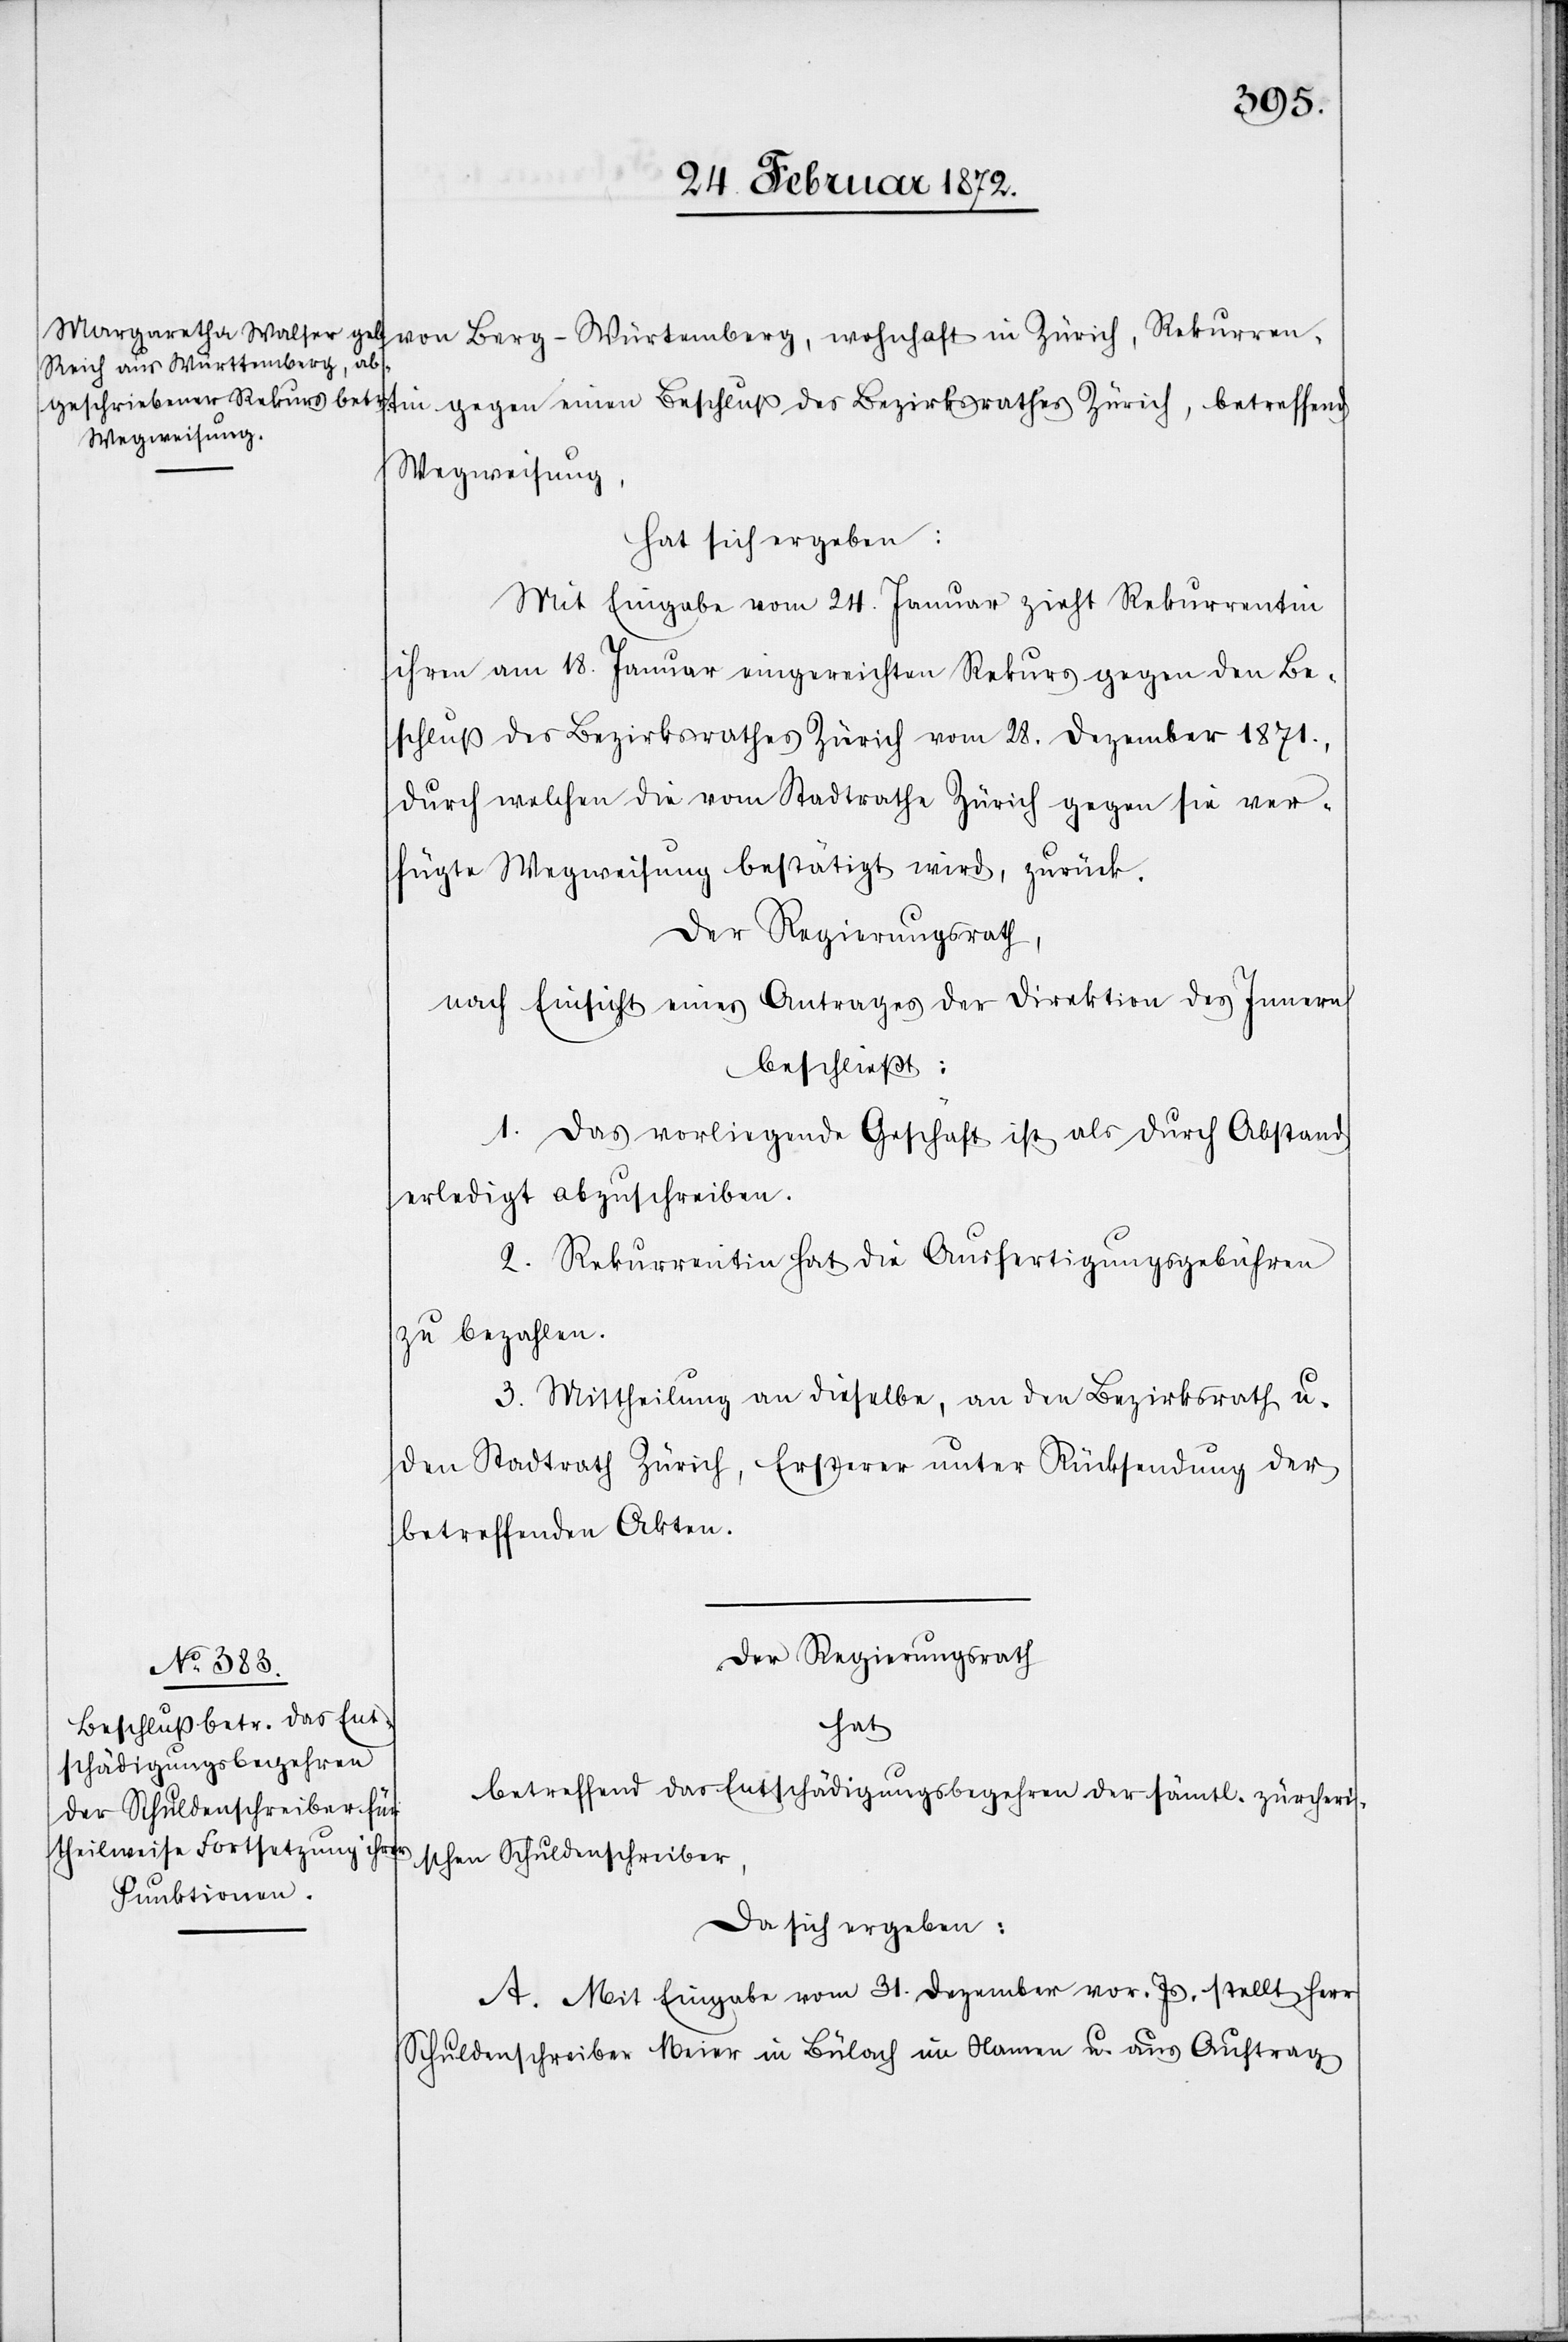
von Berg-Würtemberg [sic!], wohnhaft in Zürich, Rekurren¬
tin gegen einen Beschluß des Bezirksrathes Zürich, betreffend
Wegweisung,
hat sich ergeben:
Mit Eingabe vom 24. Januar zieht Rekurrentin
ihren am 18. Januar eingereichten Rekurs gegen den Be¬
schluß des Bezirksrathes Zürich vom 28. Dezember 1871.,
durch welchen die vom Stadtrathe Zürich gegen sie ver¬
fügte Wegweisung bestätigt wird, zurück,
nach Einsicht eines Antrages der Direktion des Innern
beschließt:
1. Das vorliegende Geschäft ist als durch Abstand
erledigt abzuschreiben.
2. Rekurrentin hat die Ausfertigungsgebühren
zu bezahlen.
3. Mittheilung an dieselbe, an den Bezirksrath u.
den Stadtrath Zürich, Ersterer unter Rücksendung der
betreffenden Akten.
Der Regierungsrath
hat
betreffend das Entschädigungsbegehren der sämtl. zürcheri¬
schen Schuldenschreiber,
da sich ergeben:
A. Mit Eingabe vom 31. Dezember vor. Js. stellt Herr
Schuldenschreiber Meier in Bülach im Namen u. aus Auftrag